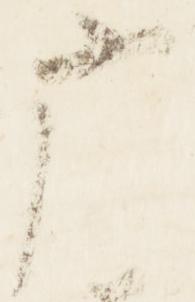
応